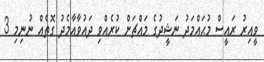
ވީއިރު ރައީސް މުޙައްމަދު ނަޝީދުގެ މައްޗަށް ކުރެއްވި ދައުވާއާމެދު ގޮތެއް ނުނިމި 3